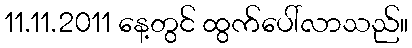
11.11.2011 နေ့တွင် ထွက်ပေါ်လာသည်။